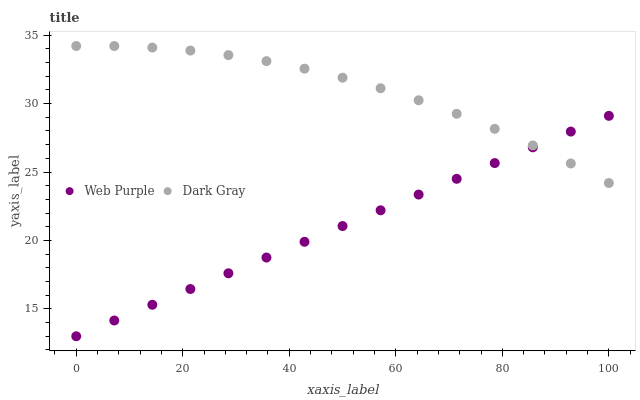
| xaxis_label | Web Purple | Dark Gray |
 | --- | --- | --- |
 | 0 | 13 | 34.2 |
 | 7.14 | 14.2 | 34.2 |
 | 14.3 | 15.3 | 34.1 |
 | 21.4 | 16.5 | 33.9 |
 | 28.6 | 17.6 | 33.5 |
 | 35.7 | 18.8 | 33.1 |
 | 42.9 | 19.9 | 32.6 |
 | 50 | 21.1 | 31.9 |
 | 57.1 | 22.2 | 31.1 |
 | 64.3 | 23.4 | 30.2 |
 | 71.4 | 24.5 | 29.3 |
 | 78.6 | 25.7 | 28.2 |
 | 85.7 | 26.8 | 26.9 |
 | 92.9 | 28 | 25.6 |
 | 100 | 29.1 | 24.2 |